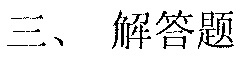
三、 解答题